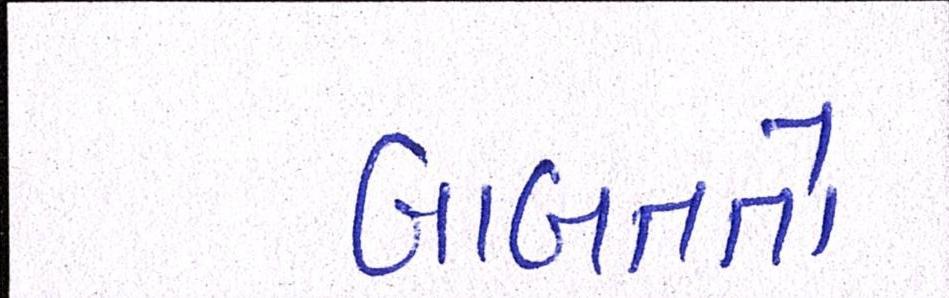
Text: બાબતતો